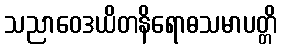
သညာဝေဒယိတနိရောဓသမာပတ္တိ